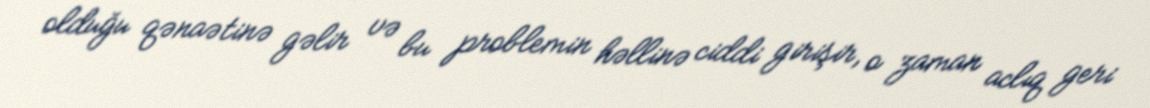
olduğu qənaətinə gəlir və bu problemin həllinə ciddi girişir, o zaman aclıq geri